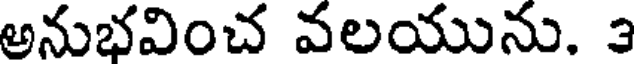
అనుభవించ వలయును. 3